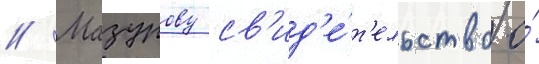
// Мазурову св'ид'е́т'ельство о́